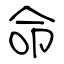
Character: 命